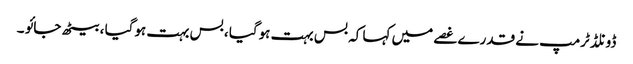
ڈونلڈ ٹرمپ نے قدرے غصے میں کہا کہ بس بہت ہوگیا ، بس بہت ہوگیا ، بیٹھ جائو ۔